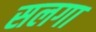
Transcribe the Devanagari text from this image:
सलगा